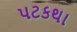
પટકથા